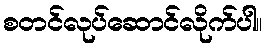
စတင်လုပ်ဆောင်လိုက်ပါ။